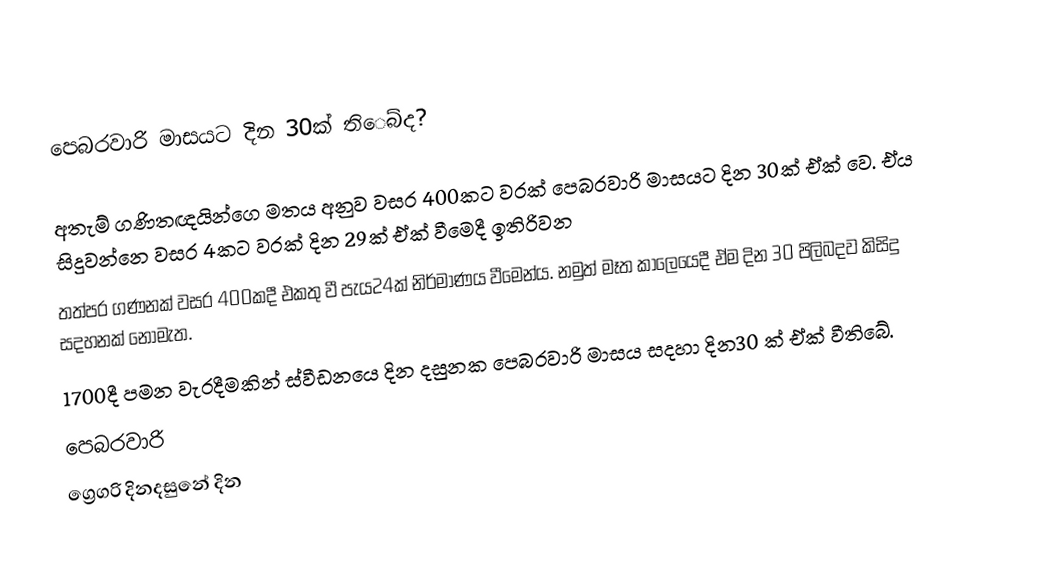
පෙබරවාරි මාසයට දින 30ක් තිෙබ්ද?

    අතැම් ගණිතඥයින්ගෙ මතය අනුව වසර 400කට වරක් පෙබරවාරි මාසයට දින 30ක් ඒක් වෙ.  ඒය සිදුවන්නෙ වසර 4කට වරක් දින 29ක් ඒක් වීමෙදී ඉතිරිවන
 තත්පර ගණනක් වසර 400කදී එකතු වී පැය24ක් නිර්මාණය වීමෙන්ය. නමුත් මෑත කාලෙයෙදී ඒම දින 30 පිලිබදව කිසිදු සදහනක් නොමැත.
 1700දී පමන වැරදීමකින් ස්වීඩනයෙ දින දසුනක පෙබරවාරි මාසය සදහා  දින30 ක් ඒක් වීති‍බේ.
පෙබරවාරි
ග්‍රෙගරි දිනදසුනේ දින